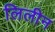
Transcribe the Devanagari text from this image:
लिलीन